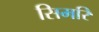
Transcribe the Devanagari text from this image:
सिमरि